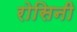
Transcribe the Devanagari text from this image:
रोसिनी